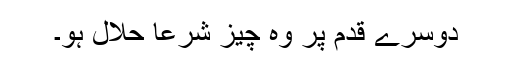
دوسرے قدم پر وہ چیز شرعًا حلال ہو۔